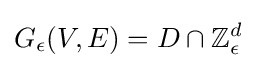
G_{\epsilon }(V,E)=D\cap \mathbb {Z} _{\epsilon }^{d}